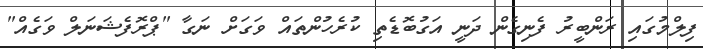
ފިލްމުގައި ރަންބީރު ފެނިގެން ދަނީ އަގުބޮޑެތި ކުރެހުންތައް ވަގަށް ނަގާ "ޕްރޮފެޝަނަލް ވަގެއް"